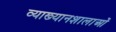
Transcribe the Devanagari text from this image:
व्याख्यानशालाओं